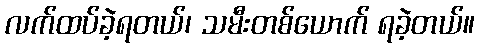
လက်ထပ်ခဲ့ရတယ်၊ သမီးတစ်ယောက် ရခဲ့တယ်။